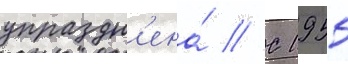
упраздн'ена́ // С 1955